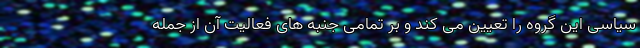
سیاسی این گروه را تعیین می کند و بر تمامی جنبه های فعالیت آن از جمله